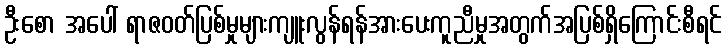
ဦးစော အပေါ် ရာဇဝတ်ပြစ်မှုများကျူးလွန်ရန်အားပေးကူညီမှုအတွက်အပြစ်ရှိကြောင်းစီရင်